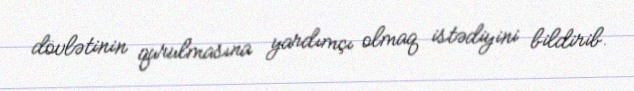
dövlətinin qurulmasına yardımçı olmaq istədiyini bildirib.